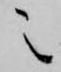
之